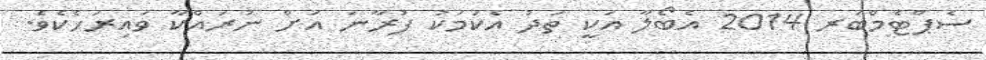
ސެޕްޓެމްބަރ 2014 އެބޯލާ އަކީ ތަދު އެކަމަކު ފުރާނަ އަށް ނުރައްކާ ވައިރަހެކެވެ.